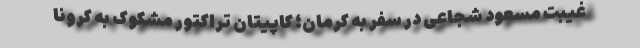
غیبت مسعود شجاعی در سفر به کرمان؛ کاپیتان تراکتور مشکوک به کرونا